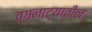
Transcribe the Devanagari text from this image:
वगनाट्यातील